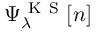
\Psi _ { \lambda } ^ { \mathrm { ~ K ~ S ~ } } [ n ]